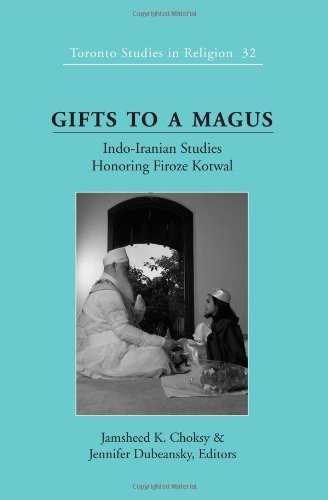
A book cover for Gifts to a Magus: Indo-Iranian Studies Honoring Firoze Kotwal (Toronto Studies in Religion); Religion & Spirituality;